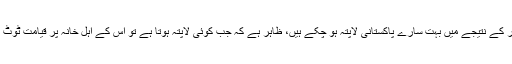
اس خلفشار کے نتیجے میں بہت سارے پاکستانی لاپتہ ہو چکے ہیں، ظاہر ہے کہ جب کوئی لاپتہ ہوتا ہے تو اس کے اہلِ خانہ پر قیامت ٹوٹ پڑتی ہے۔